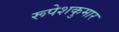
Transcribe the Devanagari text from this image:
रूपेशकुमार